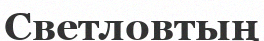
Светловтың